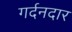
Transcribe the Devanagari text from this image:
गर्दनदार